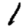
Digit: 1